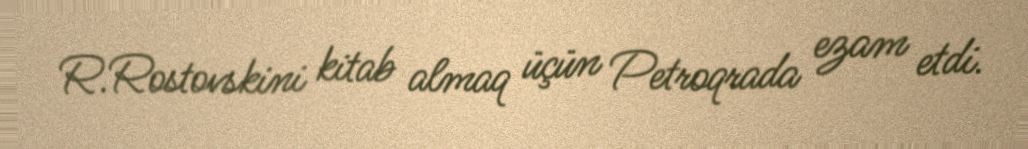
R.Rostovskini kitab almaq üçün Petroqrada ezam etdi.